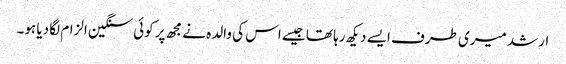
ارشد میری طرف ایسے دیکھ رہا تھا جیسے اس کی والدہ نے مجھ پر کوئی سنگین الزام لگا دیا ہو۔